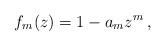
LaTeX: \begin{align*}f_{m}(z) = 1 - a_{m} z^{m}\, ,\end{align*}